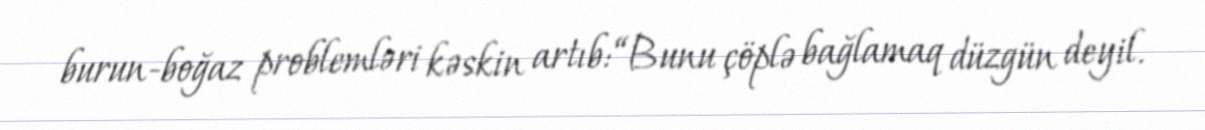
burun-boğaz problemləri kəskin artıb: “Bunu çöplə bağlamaq düzgün deyil.